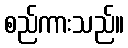
စည်ကားသည်။